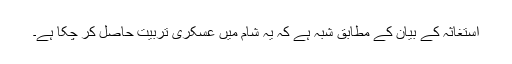
استغاثہ کے بیان کے مطابق شبہ ہے کہ یہ شام میں عسکری تربیت حاصل کر چکا ہے۔